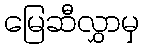
မြေဆီလွှာမှ